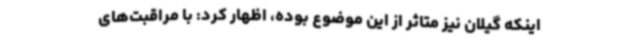
اینکه گیلان نیز متاثر از این موضوع بوده، اظهار کرد: با مراقبت‌های